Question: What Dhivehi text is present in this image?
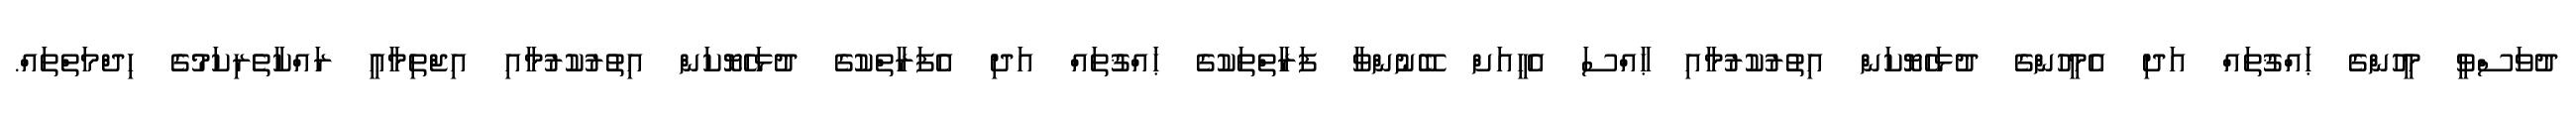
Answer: ދުވަސްވީ މީހުންގެ ޙައްޤުތައް އަދި އެމީހުންގެ ދުޅަހެޔޮކަން އިތުރުކުރުމާއި ޙާއްސަ އެހީއަށް ބޭނުންވާ ފަރާތްތަކުގެ ޙައްޤުތައް އަދި އެފަރާތްކުގެ ދުޅަހެޔޮކަން އިތުރުކުރުމާއި އިޖްތިމާއީ ރައްކާތެރިކަމުގެ ހިދްމަތްތައް.